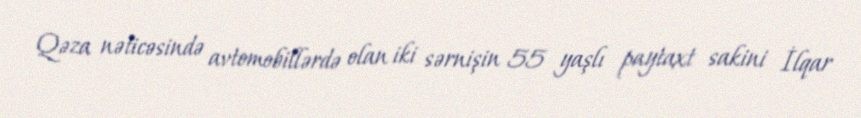
Qəza nəticəsində avtomobillərdə olan iki sərnişin 55 yaşlı paytaxt sakini İlqar